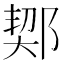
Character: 𨜒